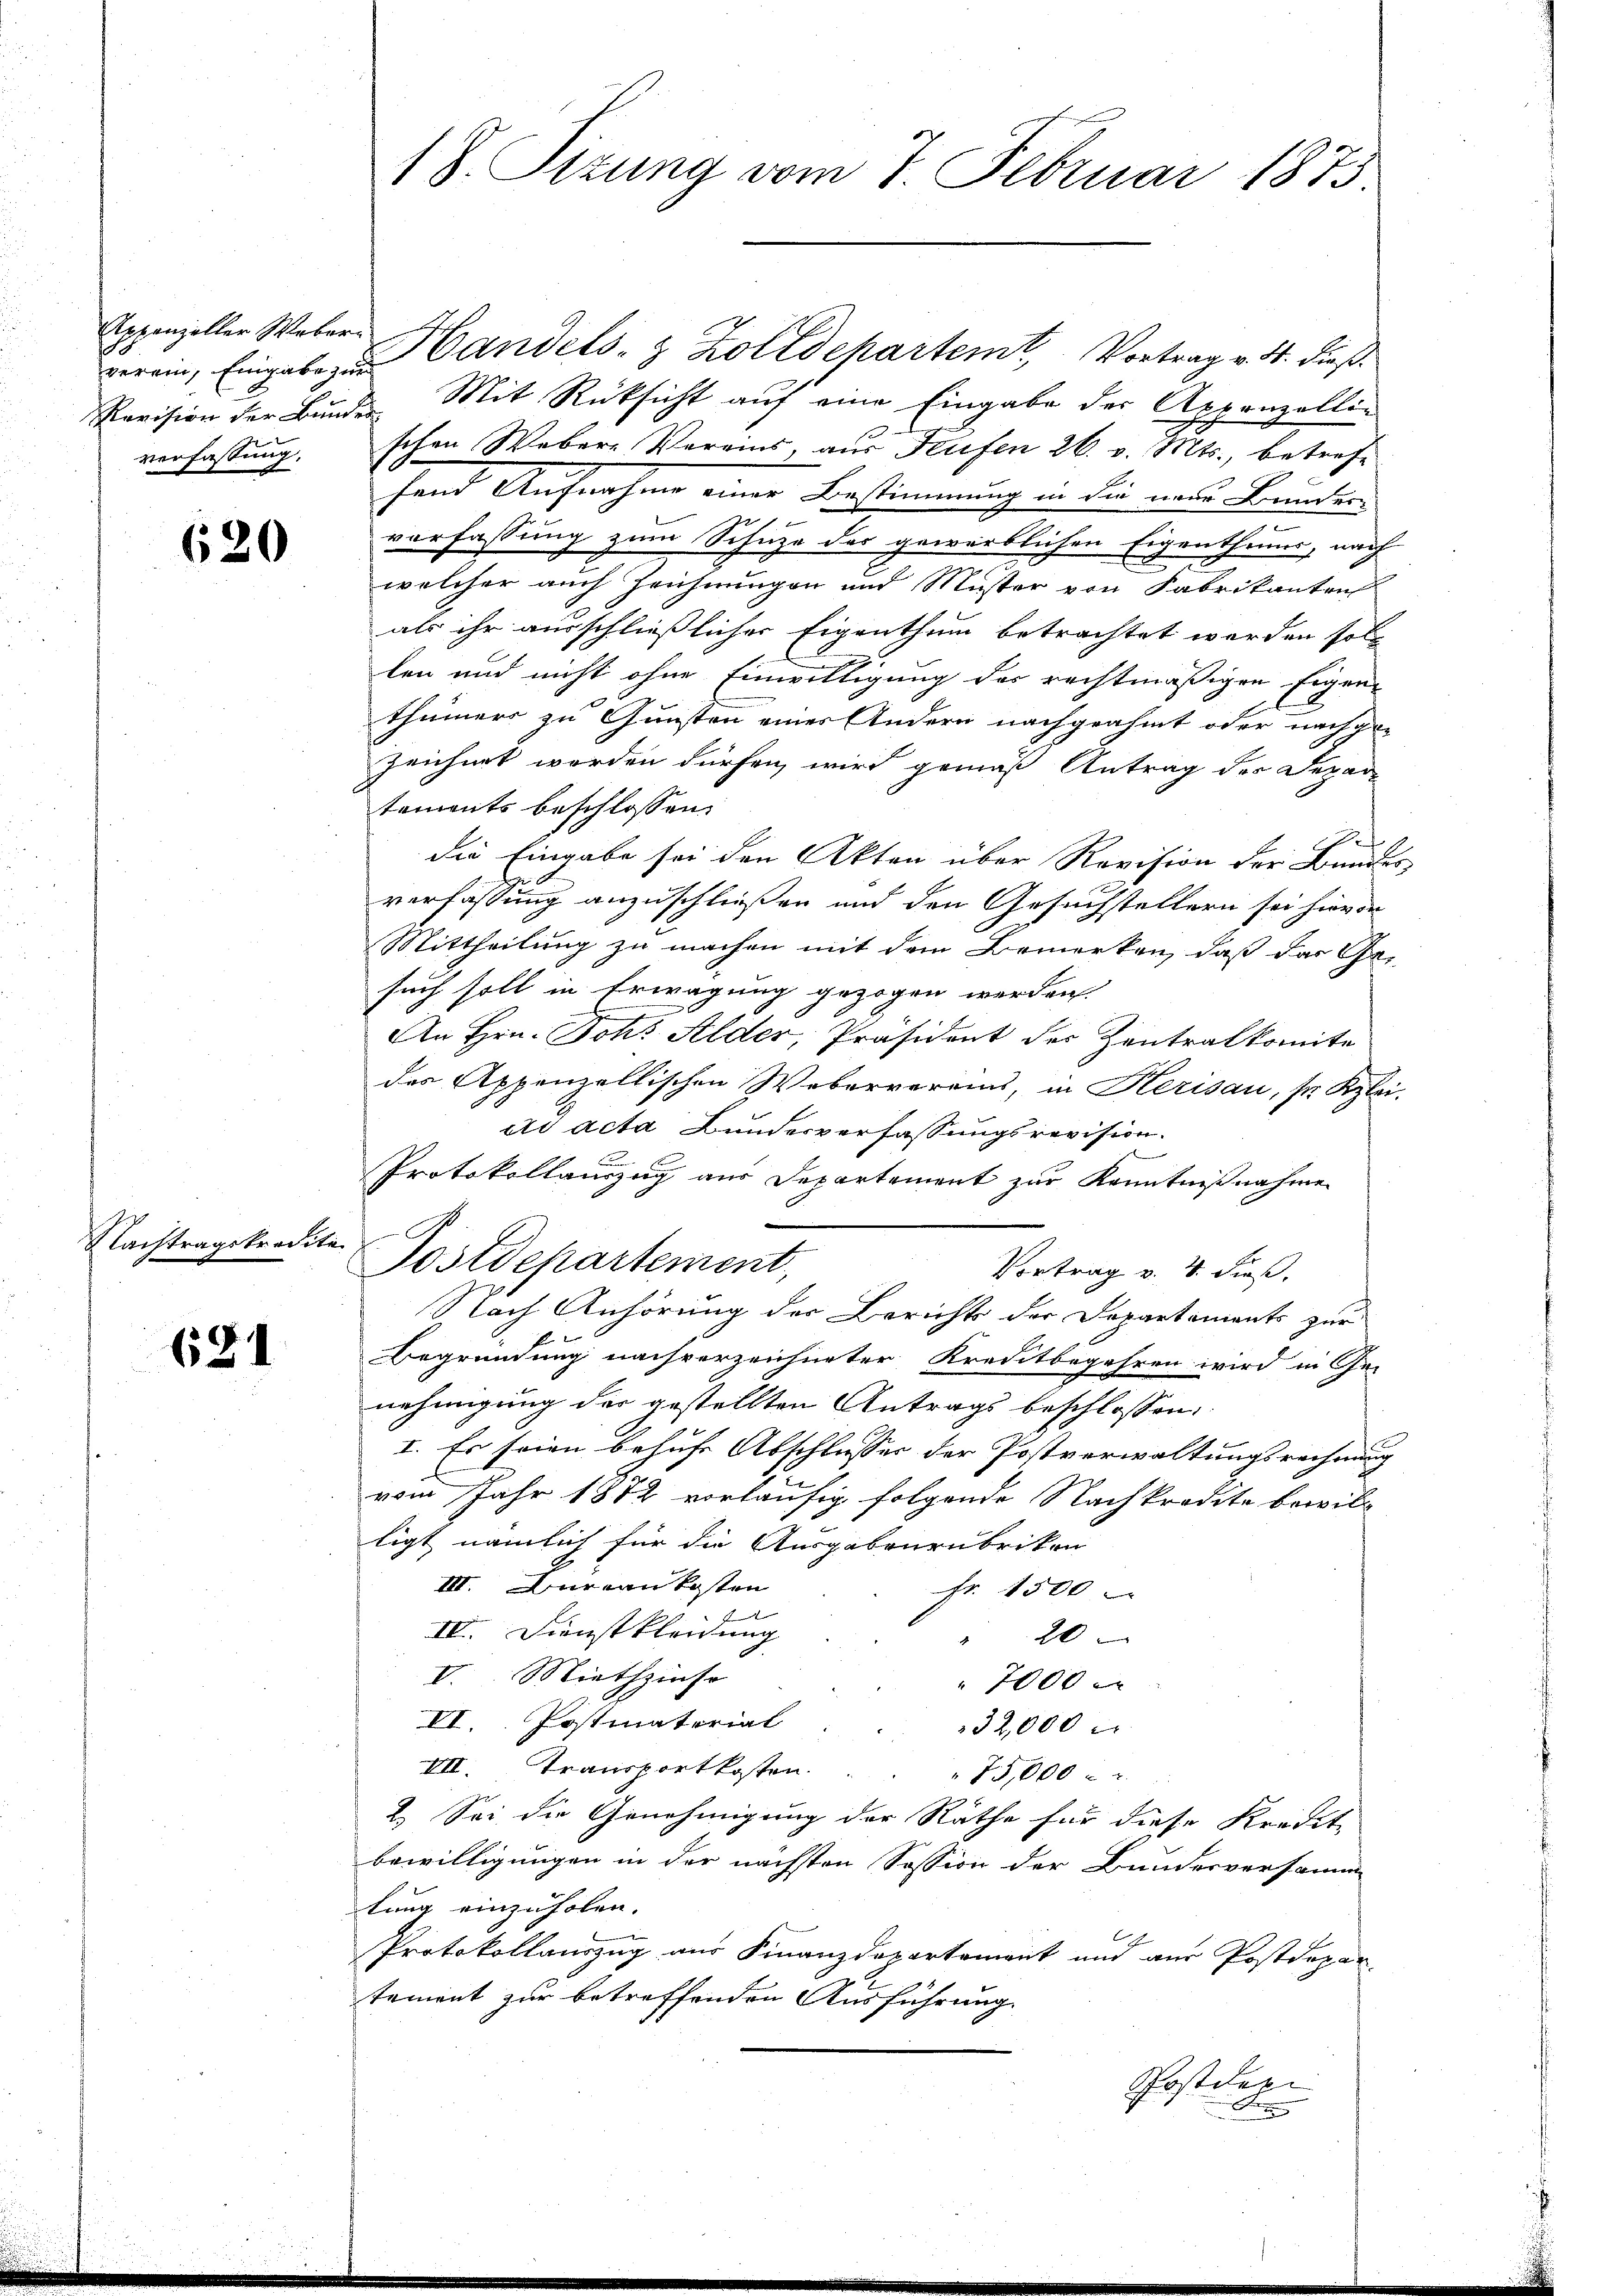
verein, Eingabe zur
verfassung.

620

Nachtragskredita

684

Appenzeller Weber Handels- & Zolldepartemt, Vortrag v. 4. dieß
Revision der Bunde Mit Rücksicht auf eine Eingabe der Appenzellin
schen Webere Vereins, aus Frufen 26. v. Mts., betrefe
fand Aufnahme einer Bestimmung in die neue Bunder
vorfassung zum Schuze des gewerblichen Eigenthums, nach
welcher auch Zeichnungen und Muster von Fabrikanten
als ihr ausschließlicher Eigenthum betrachtet werden soll
len und nicht ohne Einwilligung des rechtmäßigen Eigen-
thümers zu Gunsten eines Andern nachgeahmt oder nachge-
zeichnet werden dürfen, wird gemäß Antrag der Depar
tements beschlossen:
2
die Eingabe sei den Akten über Revision der Bundes
verfassung anzuschließen und den Gesuchstellern sei hievon
Mittheilung zu machen mit dem Bemerken, daß der Ge-
such soll in Erwägung gezogen werden.
An Hrn. Joh: Alder, Präsident der Zentralkomite
des Appenzellischen Webervereins, in Herisau, so Kzlei-
ad acta Bundesverfassungsrevision.
Protokollauszug aus Departement zur Kenntnißnahme
Postdepartement,
Vortrag v. 4. dieß.
Nach Anhörung der Berichts der Departaments zur
Begründung nachverzeichneter Kreditbegehren wird in Ge-
nehmigung der gestellten Antrags beschlossen:
I. Es seien behufe Abschlusser der Postverwaltungsrechnung
.
vom Jahr 1882 vorläufig folgende Nachkredita bewill
ligt nämlich für die Ausgabenrubrikon
III. Aureau kosten
Fr. 1500
t
IV. Dienstkleidung |
20
V. Miethzinso
7000
VI. Postinatorial
32,000
VII. Transportkosten.
75,000
2.) Sei die Genehmigung der Räthe für diese Kredit-
bewilligungen in der nächsten Session der Bundesversamm
lung einzuholen.
Protokollauszug aus Finanzdepartement und aus Postdepar-
tement zur betreffenden Ausführung.
Postden
Fre

18. Sizung vom 7. Februar 1873.